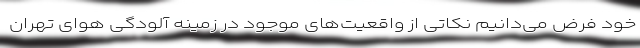
خود فرض می‌دانیم نکاتی از واقعیت‌های موجود در زمینه آلودگی هوای تهران